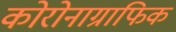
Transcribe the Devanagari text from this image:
कोरोनाग्राफिक